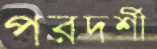
পরদর্শী